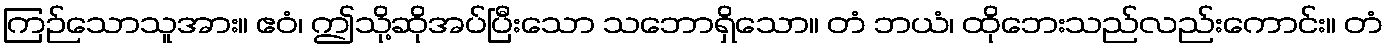
ကြဉ်သောသူအား။ ဧဝံ၊ ဤသို့ဆိုအပ်ပြီးသော သဘောရှိသော။ တံ ဘယံ၊ ထိုဘေးသည်လည်းကောင်း။ တံ